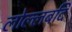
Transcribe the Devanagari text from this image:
लोल्लबदि